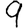
Digit: 9